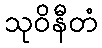
သုဝိနီတံ